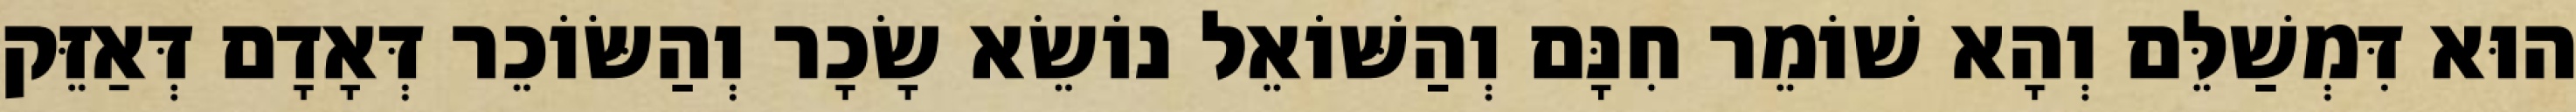
הוּא דִּמְשַׁלֵּם וְהָא שׁוֹמֵר חִנָּם וְהַשּׁוֹאֵל נוֹשֵׂא שָׂכָר וְהַשּׂוֹכֵר דְּאָדָם דְּאַזֵּק